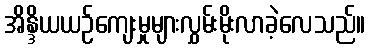
အိန္ဒိယယဉ်ကျေးမှုများလွှမ်းမိုးလာခဲ့လေသည်။